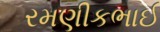
રમણીકભાઈ